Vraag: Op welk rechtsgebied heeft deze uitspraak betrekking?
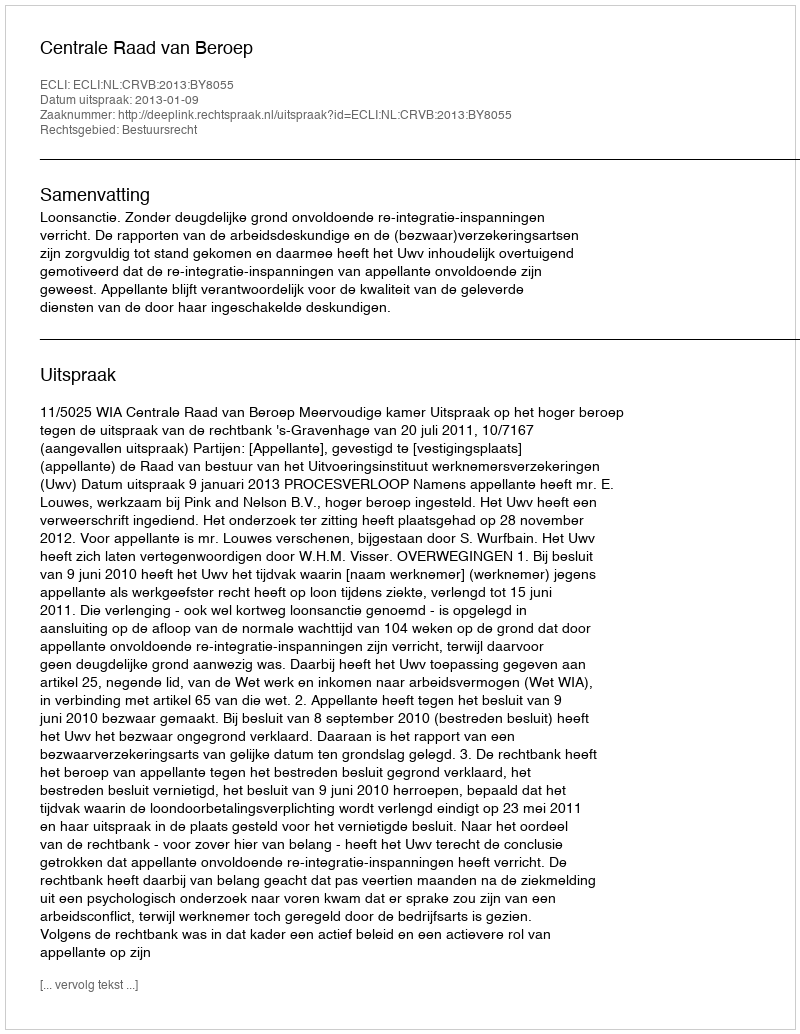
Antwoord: Bestuursrecht